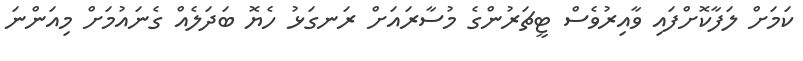
ކަމަށް ލަފާކޮށްފައި ވާއިރުވެސް ޓީޗަރުންގެ މުސާރައަށް ރަނގަޅު ހެޔޮ ބަދަލެއް ގެނައުމަށް މިއަންނަ